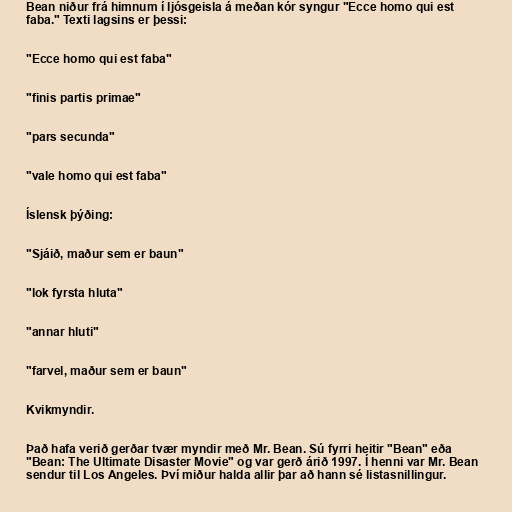
Bean niður frá himnum í ljósgeisla á meðan kór syngur "Ecce homo qui est
faba." Texti lagsins er þessi:

"Ecce homo qui est faba"

"finis partis primae"

"pars secunda"

"vale homo qui est faba"

Íslensk þýðing:

"Sjáið, maður sem er baun"

"lok fyrsta hluta"

"annar hluti"

"farvel, maður sem er baun"

Kvikmyndir.

Það hafa verið gerðar tvær myndir með Mr. Bean. Sú fyrri heitir "Bean" eða
"Bean: The Ultimate Disaster Movie" og var gerð árið 1997. Í henni var Mr. Bean
sendur til Los Angeles. Því miður halda allir þar að hann sé listasnillingur.